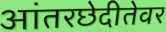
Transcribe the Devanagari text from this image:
आंतरछेदीतेवर